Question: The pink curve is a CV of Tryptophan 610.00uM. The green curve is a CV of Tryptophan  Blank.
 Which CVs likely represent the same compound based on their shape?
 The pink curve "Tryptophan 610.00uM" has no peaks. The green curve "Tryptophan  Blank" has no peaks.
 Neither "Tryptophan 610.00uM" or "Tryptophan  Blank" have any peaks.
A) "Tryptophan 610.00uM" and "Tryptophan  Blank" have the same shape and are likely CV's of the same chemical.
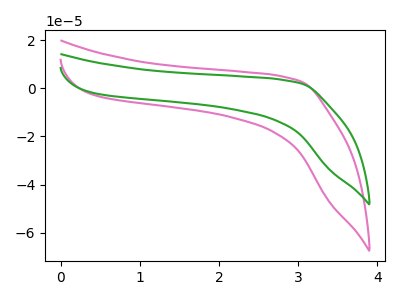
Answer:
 <answer>A) "Tryptophan 610.00uM" and "Tryptophan  Blank" have the same shape and are likely CV's of the same chemical.</answer>
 <eval>A</eval>